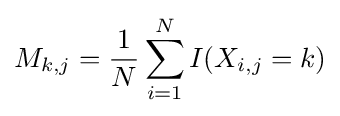
M_{k,j}={\frac {1}{N}}\sum _{i=1}^{N}I(X_{i,j}=k)